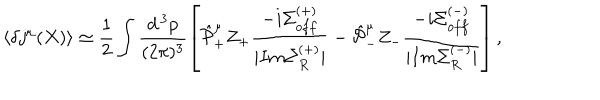
\langle \delta j ^ { \mu } ( X ) \rangle \simeq \frac { 1 } { 2 } \int \frac { d ^ { \, 3 } p } { ( 2 \pi ) ^ { 3 } } \left[ \hat { \cal P } _ { + } ^ { \mu } Z _ { + } \frac { - i \Sigma _ { o f f } ^ { ( + ) } } { | I m \Sigma _ { R } ^ { ( + ) } | } - \hat { \cal P } _ { - } ^ { \mu } Z _ { - } \frac { - i \Sigma _ { o f f } ^ { ( - ) } } { | I m \Sigma _ { R } ^ { ( - ) } | } \right] ,